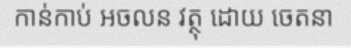
កាន់កាប់ អចលន វត្ថុ ដោយ ចេតនា